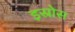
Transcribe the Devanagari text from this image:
इस्रोस